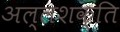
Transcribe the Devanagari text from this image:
अल्लशक्ति